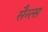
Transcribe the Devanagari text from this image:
सैन्त्स